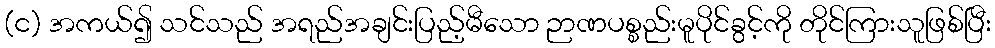
(င) အကယ်၍ သင်သည် အရည်အချင်းပြည့်မီသော ဉာဏပစ္စည်းမူပိုင်ခွင့်ကို တိုင်ကြားသူဖြစ်ပြီး